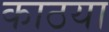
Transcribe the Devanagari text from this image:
काठया